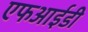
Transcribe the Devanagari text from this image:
एफआईडी